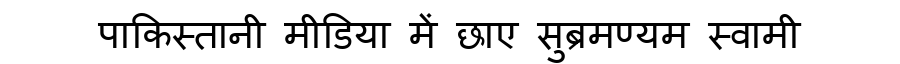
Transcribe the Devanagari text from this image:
पाकिस्तानी मीडिया में छाए सुब्रमण्यम स्वामी